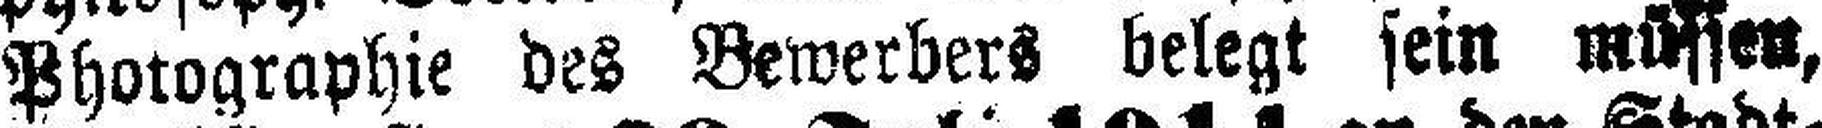
Photographie des Bewerbers belegt sein müssen,